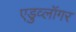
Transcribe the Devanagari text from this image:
एडुव्लॉगर